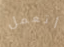
أتعمل